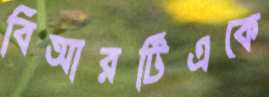
বিআরটিএকে